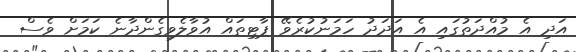
އަދި އެ މުއްދަތުގައި އެ އަދަދު ހަމަނުކުރެވޭ ޕާޓިތައް އުވާލެވިގެންދާނެ ކަމަށް ވެސް